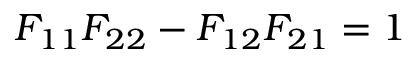
F _ { 1 1 } F _ { 2 2 } - F _ { 1 2 } F _ { 2 1 } = 1